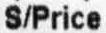
S/PRICE